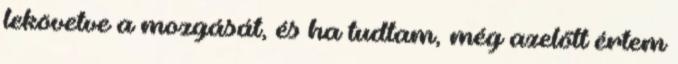
lekövetve a mozgását, és ha tudtam, még azelőtt értem